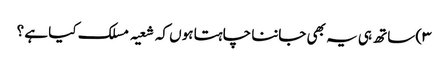
۳) ساتھ ہی یہ بھی جاننا چاہتا ہوں کہ شعیہ مسلک کیا ہے ؟